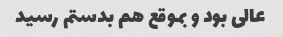
عالی بود و بموقع هم بدستم رسید